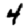
Digit: 4